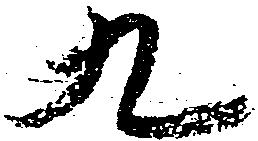
九